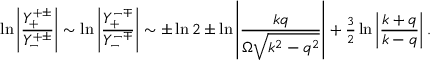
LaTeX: \ln \left| \frac { Y _ { + } ^ { + \pm } } { Y _ { - } ^ { + \pm } } \right| \sim \ln \left| \frac { Y _ { + } ^ { - \mp } } { Y _ { - } ^ { - \mp } } \right| \sim \pm \ln 2 \pm \ln \left| \frac { k q } { \Omega \sqrt { k ^ { 2 } - q ^ { 2 } } } \right| + { \textstyle \frac { 3 } { 2 } } \ln \left| \frac { k + q } { k - q } \right| .